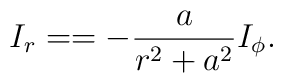
I_r =  = - \frac a {r^2 + a^2} I_\phi.